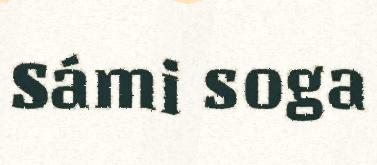
Sámi soga